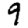
Digit: 9